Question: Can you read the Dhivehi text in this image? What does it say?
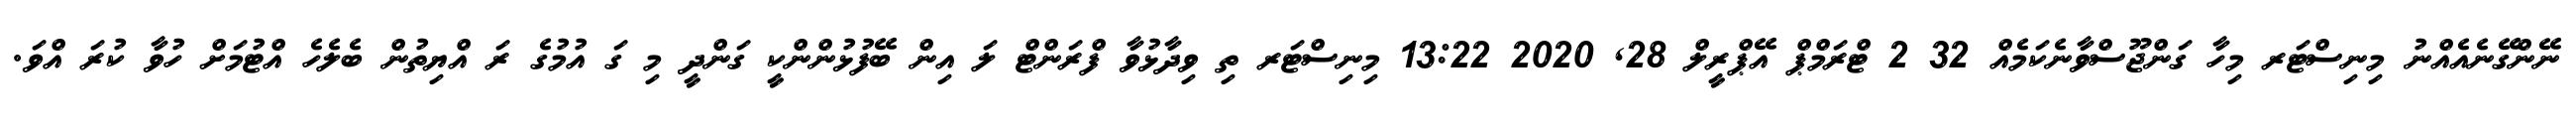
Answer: ނޭންގޭނެއެއްނު މިނިސްޓަރ މިހާ ގަންޖޫސްވާނެކަމެއް 32 2 ޓްރަމްޕް އޭޕްރީލް 28, 2020 13:22 މިނިސްޓަރ ތި ވިދާޅުވާ ފްރަންޓް ލަ އިން ބޭފުޅުންންކީ ގަންދީ މި ގަ އުމުގެ ރަ އްޔިތުން ބެލެހެ އްޓުމަށް ހުވާ ކުރަ އްވަ.